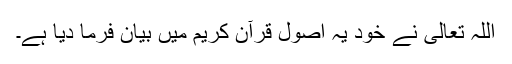
اللہ تعالیٰ نے خود یہ اصول قرآن کریم میں بیان فرما دیا ہے۔